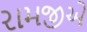
રામજીએ